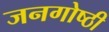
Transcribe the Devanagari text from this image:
जनगोष्ठी